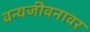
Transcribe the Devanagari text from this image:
वन्यजीवनावर